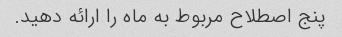
پنج اصطلاح مربوط به ماه را ارائه دهید.